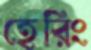
হেরিং